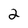
Character: 2